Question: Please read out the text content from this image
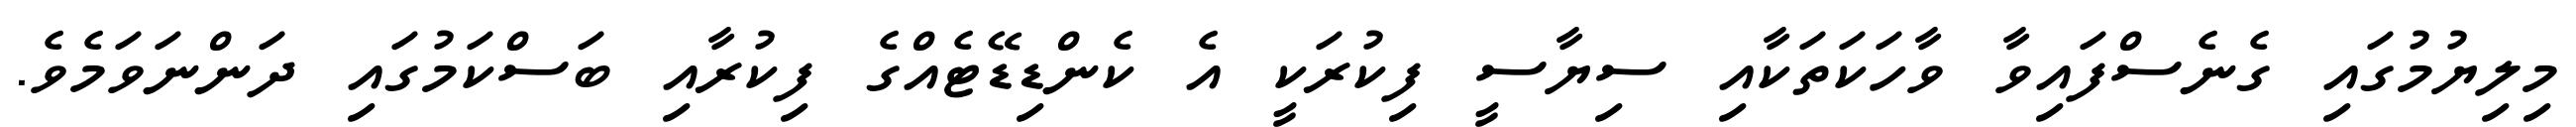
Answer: މިލިޔުމުގައި ގެނެސްފައިވާ ވާހަކަތަކާއި ސިޔާސީ ފިކުރަކީ އެ ކެންޑިޑޭޓެއްގެ ފިކުރާއި ބަސްކަމުގައި ދަންނަވަމެވެ.